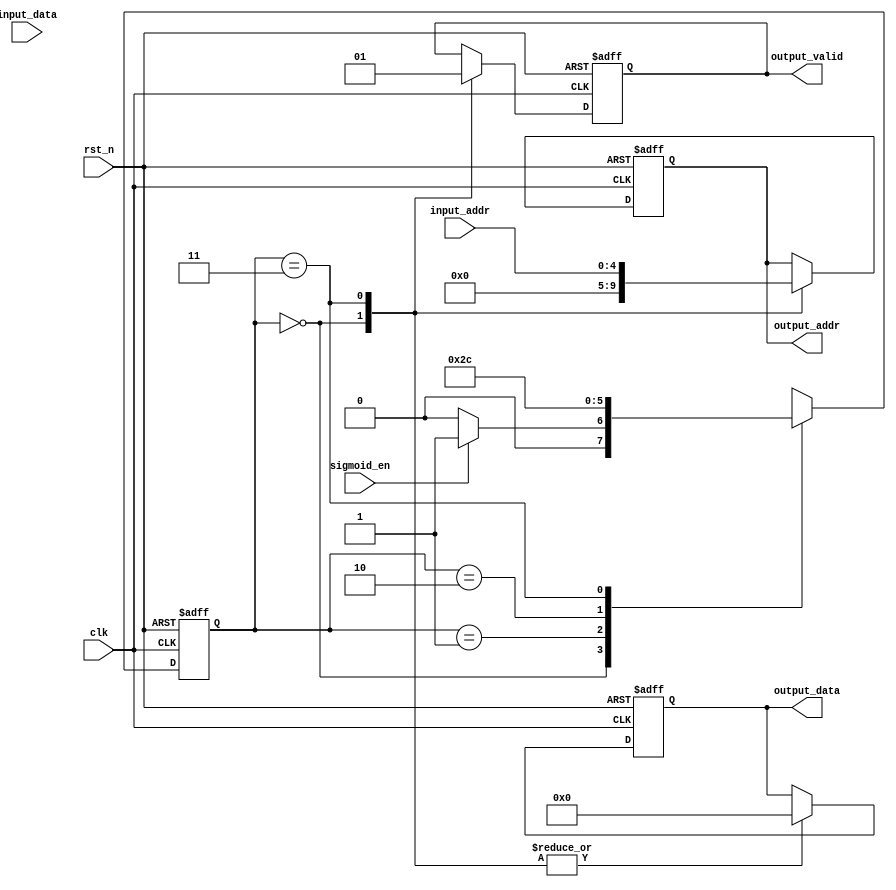
`timescale 1ns / 1ps
module sigmoid (
  input wire clk,
  input wire rst_n,
  input wire sigmoid_en,
  input wire [31:0] input_data,
  input wire [4:0] input_addr,
  output reg [31:0] output_data,
  output reg [4:0] output_addr,
  output reg output_valid
);

  // Intermediate registers (1.7.24 format)
  reg signed [31:0] exp_input;
  reg signed [63:0] exp_result;
  reg signed [31:0] sigmoid_result;

  // Constants (1.7.24 format)
  localparam ONE = 32'h01000000;
  localparam NEG_ONE = 32'hFF000000;

  // State machine states
  localparam IDLE = 2'b00;
  localparam CALCULATE_EXP = 2'b01;
  localparam CALCULATE_SIGMOID = 2'b10;
  localparam OUTPUT = 2'b11;

  reg [1:0] current_state;
  reg [1:0] next_state;

  // State transition logic
  always @(posedge clk or negedge rst_n) begin
    if (!rst_n) begin
      current_state <= IDLE;
    end else begin
      current_state <= next_state;
    end
  end

  // Next state logic
  always @(*) begin
    exp_input = 32'h00000000; // Default value
    exp_result = 64'h0000000000000000; // Default value
    sigmoid_result = 32'h00000000; // Default value
    
    case (current_state)
      IDLE: begin
        if (sigmoid_en) begin
          next_state = CALCULATE_EXP;
        end else begin
          next_state = IDLE;
        end
      end
      CALCULATE_EXP: begin
        next_state = CALCULATE_SIGMOID;
        exp_input = -input_data; // Negate input for exp(-x)
        exp_result = ONE; // Initialize exp_result to 1
        
        // Perform exp(x) approximation using Taylor series
        exp_result = exp_result + (exp_input >> 0);
        exp_result = exp_result + ((exp_input * exp_input) >> 25);
        exp_result = exp_result + (((exp_input * exp_input * exp_input) >> 50) + 32'h00000001);
      end
      CALCULATE_SIGMOID: begin
        next_state = OUTPUT;
        sigmoid_result = ONE / (ONE + exp_result[55:24]); // 1 / (1 + exp(-x))
      end
      OUTPUT: begin
        next_state = IDLE;
      end
      default: begin
        next_state = IDLE;
      end
    endcase
  end

  // Output logic
  always @(posedge clk or negedge rst_n) begin
    if (!rst_n) begin
      output_data <= 32'h00000000;
      output_addr <= 5'h00;
      output_valid <= 1'b0;
    end else begin
      case (current_state)
        IDLE: begin
          output_data <= 32'h00000000;
          output_addr <= 5'h00;
          output_valid <= 1'b0;
        end
        CALCULATE_EXP: begin
          // Do nothing
        end
        CALCULATE_SIGMOID: begin
          // Do nothing
        end
        OUTPUT: begin
          output_data <= sigmoid_result;
          output_addr <= input_addr;
          output_valid <= 1'b1;
        end
        default: begin
          output_data <= 32'h00000000;
          output_addr <= 5'h00;
          output_valid <= 1'b0;
        end
      endcase
    end
  end

endmodule